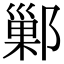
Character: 鄛